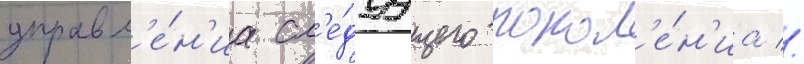
управл'е́н'иа сл'е́дуущего покол'е́н'иа //